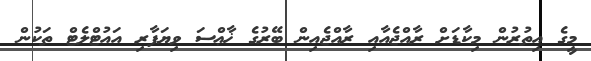
މީގެ އިތުރުން މިކާޑަށް ރާއްޖެއާއި ރާއްޖެއިން ބޭރުގެ ޚާޢްސަ ވިޔަފާރި އައުޓްލެޓް ތަކުން